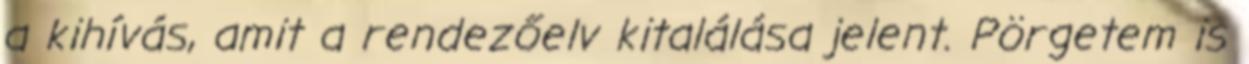
a kihívás, amit a rendezőelv kitalálása jelent. Pörgetem is